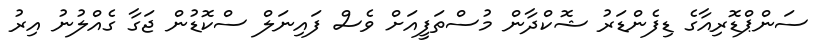
ސަންޕްޑޮރިއާގެ ޑިފެންޑަރު ޝޮކްދާން މުސްތަފީއަށް ވެސް ފައިނަލް ސްކޮޑުން ޖަގާ ގެއްލުނު އިރު